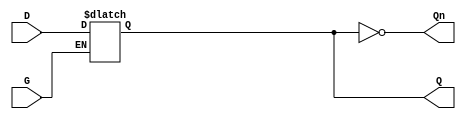
module gated_latch (
    input wire D,    // Data input
    input wire G,    // Gate control signal
    output reg Q,    // Output that holds the value of D
    output wire Qn   // Inverted output
);

// Whenever the gate signal G is high, update the output Q with D
always @(*) begin
    if (G) begin
        Q = D;  // Transparent state
    end
end

// Assign the inverted output Qn as the complement of Q
assign Qn = ~Q;

endmodule